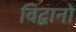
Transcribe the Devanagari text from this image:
विद्वानों